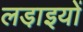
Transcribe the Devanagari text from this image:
लडा़इयों